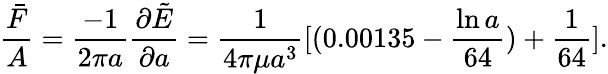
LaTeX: \frac{\bar{F}}{A}=\frac{-1}{2\pi a}\frac{\partial\tilde{E}}{\partial a}=\frac{1}{4\pi\mu a^{3}}[(0.00135-\frac{\ln a}{64})+\frac{1}{64}].